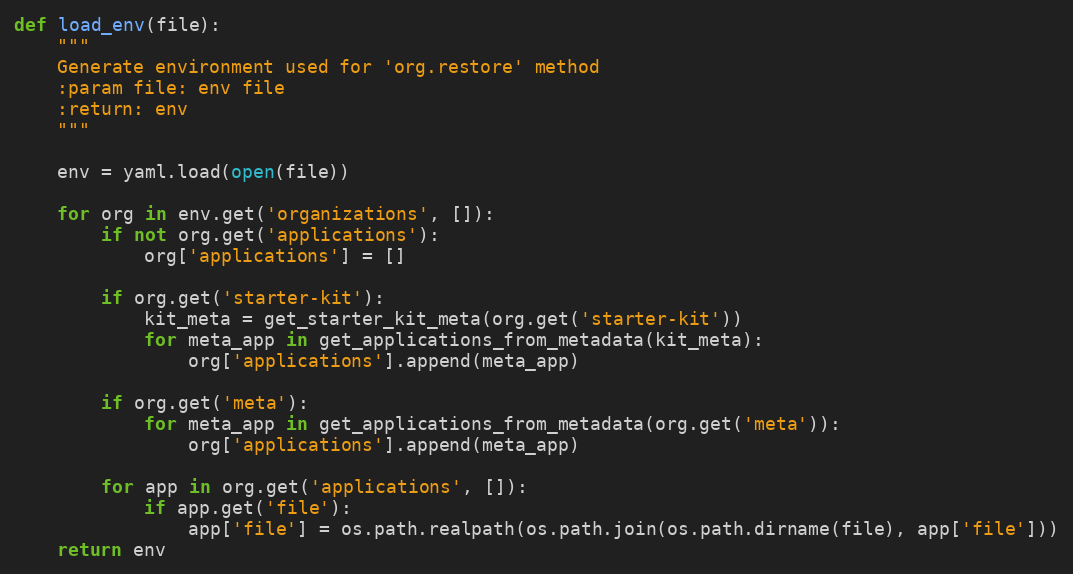
Language: Python
def load_env(file):
    """
    Generate environment used for 'org.restore' method
    :param file: env file
    :return: env
    """

    env = yaml.load(open(file))

    for org in env.get('organizations', []):
        if not org.get('applications'):
            org['applications'] = []

        if org.get('starter-kit'):
            kit_meta = get_starter_kit_meta(org.get('starter-kit'))
            for meta_app in get_applications_from_metadata(kit_meta):
                org['applications'].append(meta_app)

        if org.get('meta'):
            for meta_app in get_applications_from_metadata(org.get('meta')):
                org['applications'].append(meta_app)

        for app in org.get('applications', []):
            if app.get('file'):
                app['file'] = os.path.realpath(os.path.join(os.path.dirname(file), app['file']))
    return env